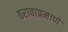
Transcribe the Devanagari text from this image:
ठरावाप्रमाणे